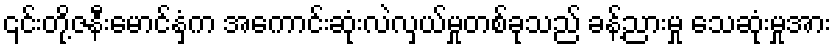
၎င်းတို့ဇနီးမောင်နှံက အကောင်းဆုံးလဲလှယ်မှုတစ်ခုသည် ခန့်ညားမှု သေဆုံးမှုအား